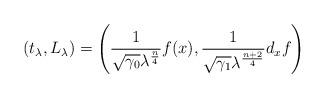
LaTeX: \begin{align*}(t_\lambda,L_\lambda) = \left(\frac{1}{\sqrt{\gamma_0}\lambda^\frac{n}{4}}f(x),\frac{1}{\sqrt{\gamma_1}\lambda^\frac{n+2}{4}}d_xf\right)\end{align*}